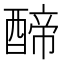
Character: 𮠺